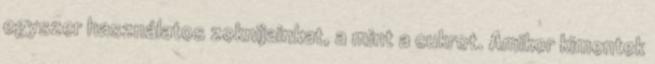
egyszer használatos zoknijainkat, a mint a cukrot. Amikor kimentek